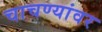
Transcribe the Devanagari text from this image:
चाचण्यांवर